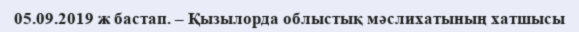
05.09.2019 ж бастап. – Қызылорда облыстық мәслихатының хатшысы